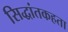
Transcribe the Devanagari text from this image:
सिद्धांतकहता